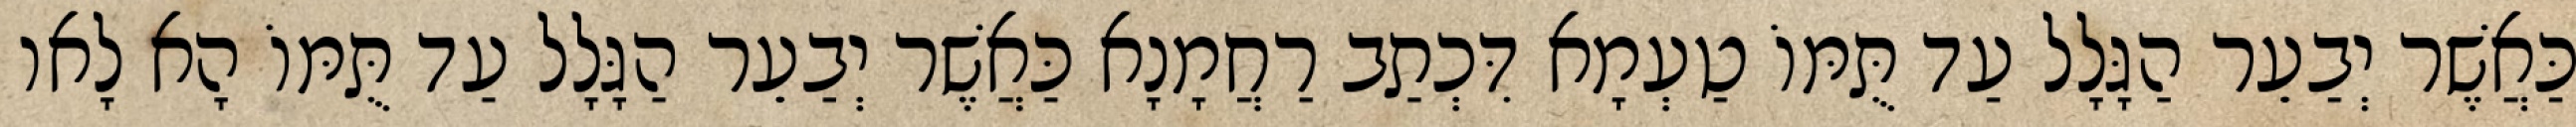
כַּאֲשֶׁר יְבַעֵר הַגָּלָל עַד תֻּמּוֹ טַעְמָא דִּכְתַב רַחֲמָנָא כַּאֲשֶׁר יְבַעֵר הַגָּלָל עַד תֻּמּוֹ הָא לָאו